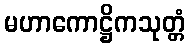
မဟာကောဋ္ဌိကသုတ္တံ